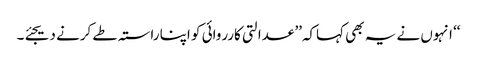
‘‘ انہوں نے یہ بھی کہاکہ’’ عدالتی کارروائی کو اپنا راستہ طے کرنے دیجئے۔